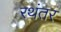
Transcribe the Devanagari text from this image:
रथंतर